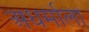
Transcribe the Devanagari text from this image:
अधर्माला